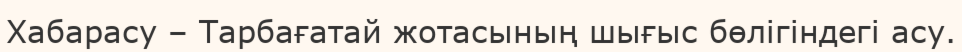
Хабарасу – Тарбағатай жотасының шығыс бөлігіндегі асу.